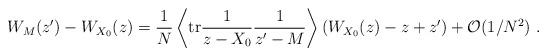
LaTeX: \begin{align*}W_M(z')-W_{X_0}(z)=\frac{1}{N}\left\langle\mathrm{tr}\frac{1}{z-X_0}\frac{1}{z'-M}\right\rangle\left(W_{X_0}(z)-z+z'\right)+\mathcal{O}(1/N^2)\ .\end{align*}